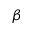
\beta